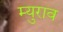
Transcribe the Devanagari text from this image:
म्युराव